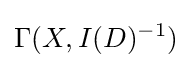
\Gamma (X,I(D)^{-1})